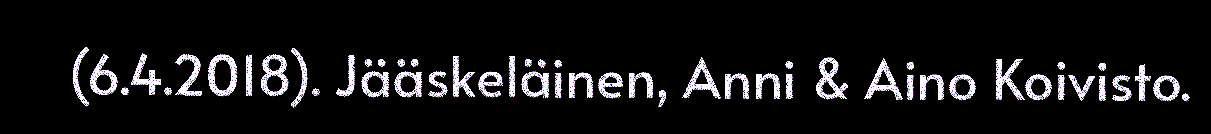
(6.4.2018). Jääskeläinen, Anni & Aino Koivisto.